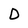
Character: D